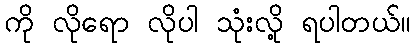
ကို လိုရော လိုပါ သုံးလို့ ရပါတယ်။